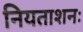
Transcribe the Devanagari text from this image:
नियताशनः